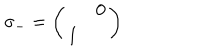
\sigma _ { - } = \left( \begin{array} { c c } { { } } & { { 0 } } \\ { { 1 } } & { { } } \\ \end{array} \right)